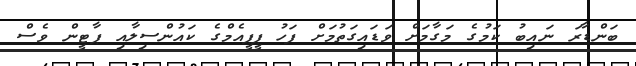
ބަންޑާރަ ނައިބު ކަމުގެ މަގާމަށް ވަޑައިގަތުމަށް ފަހު ޕީޕީއެމްގެ ކައުންސިލާއި ޕާޓީން ވެސް